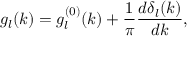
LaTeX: g _ { l } ( k ) = g _ { l } ^ { ( 0 ) } ( k ) + \frac { 1 } { \pi } \frac { d \delta _ { l } ( k ) } { d k } ,